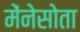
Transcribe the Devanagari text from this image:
मेंनेसोता